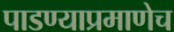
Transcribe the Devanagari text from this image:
पाडण्याप्रमाणेच